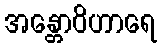
အန္တောဝိဟာရေ